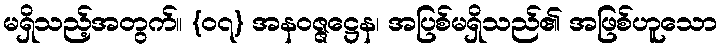
မရှိသည့်အတွက်။ {၀၇} အနဝဇ္ဇဋ္ဌေန၊ အပြစ်မရှိသည်၏ အဖြစ်ဟူသော